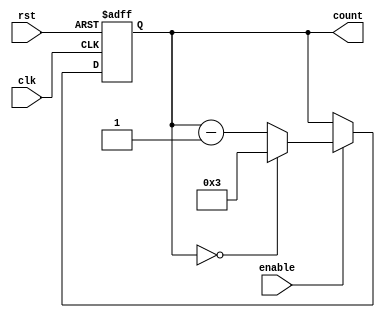
module ModuloNDownCounterWithEnable (
  input wire clk, // Clock signal
  input wire rst, // Reset signal
  input wire enable, // Enable signal
  output reg [N-1:0] count // Output for the counter value
);

parameter N = 4; // Modulo value

always @(posedge clk or posedge rst) begin
  if (rst) begin
    count <= N - 1;
  end else if (enable) begin
    if (count == 0) begin
      count <= N - 1;
    end else begin
      count <= count - 1;
    end
  end
end

endmodule